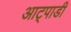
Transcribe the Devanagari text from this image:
आट्पाडी